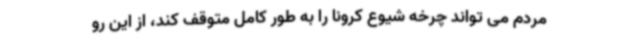
مردم می تواند چرخه شیوع کرونا را به طور کامل متوقف کند، از این رو